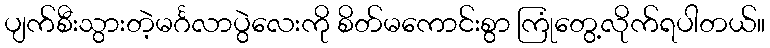
ပျက်စီးသွားတဲ့မင်္ဂလာပွဲလေးကို စိတ်မကောင်းစွာ ကြုံတွေ့လိုက်ရပါတယ်။